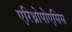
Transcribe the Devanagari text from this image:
एरिथ्रोपोएसिस